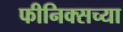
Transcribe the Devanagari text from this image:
फीनिक्सच्या